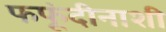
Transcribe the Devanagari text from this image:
फफूंदीनाशी